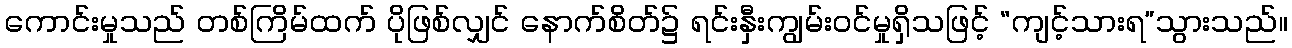
ကောင်းမှုသည် တစ်ကြိမ်ထက် ပိုဖြစ်လျှင် နောက်စိတ်၌ ရင်းနှီးကျွမ်းဝင်မှုရှိသဖြင့် “ကျင့်သားရ”သွားသည်။